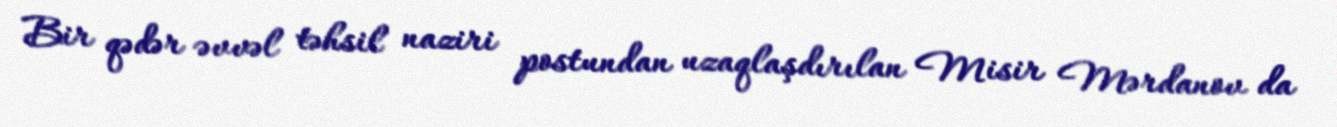
Bir qədər əvvəl təhsil naziri postundan uzaqlaşdırılan Misir Mərdanov da